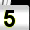
Digit: 5